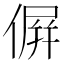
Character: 𠌸